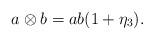
LaTeX: \begin{align*}a\otimes b=ab(1+\eta_3).\end{align*}